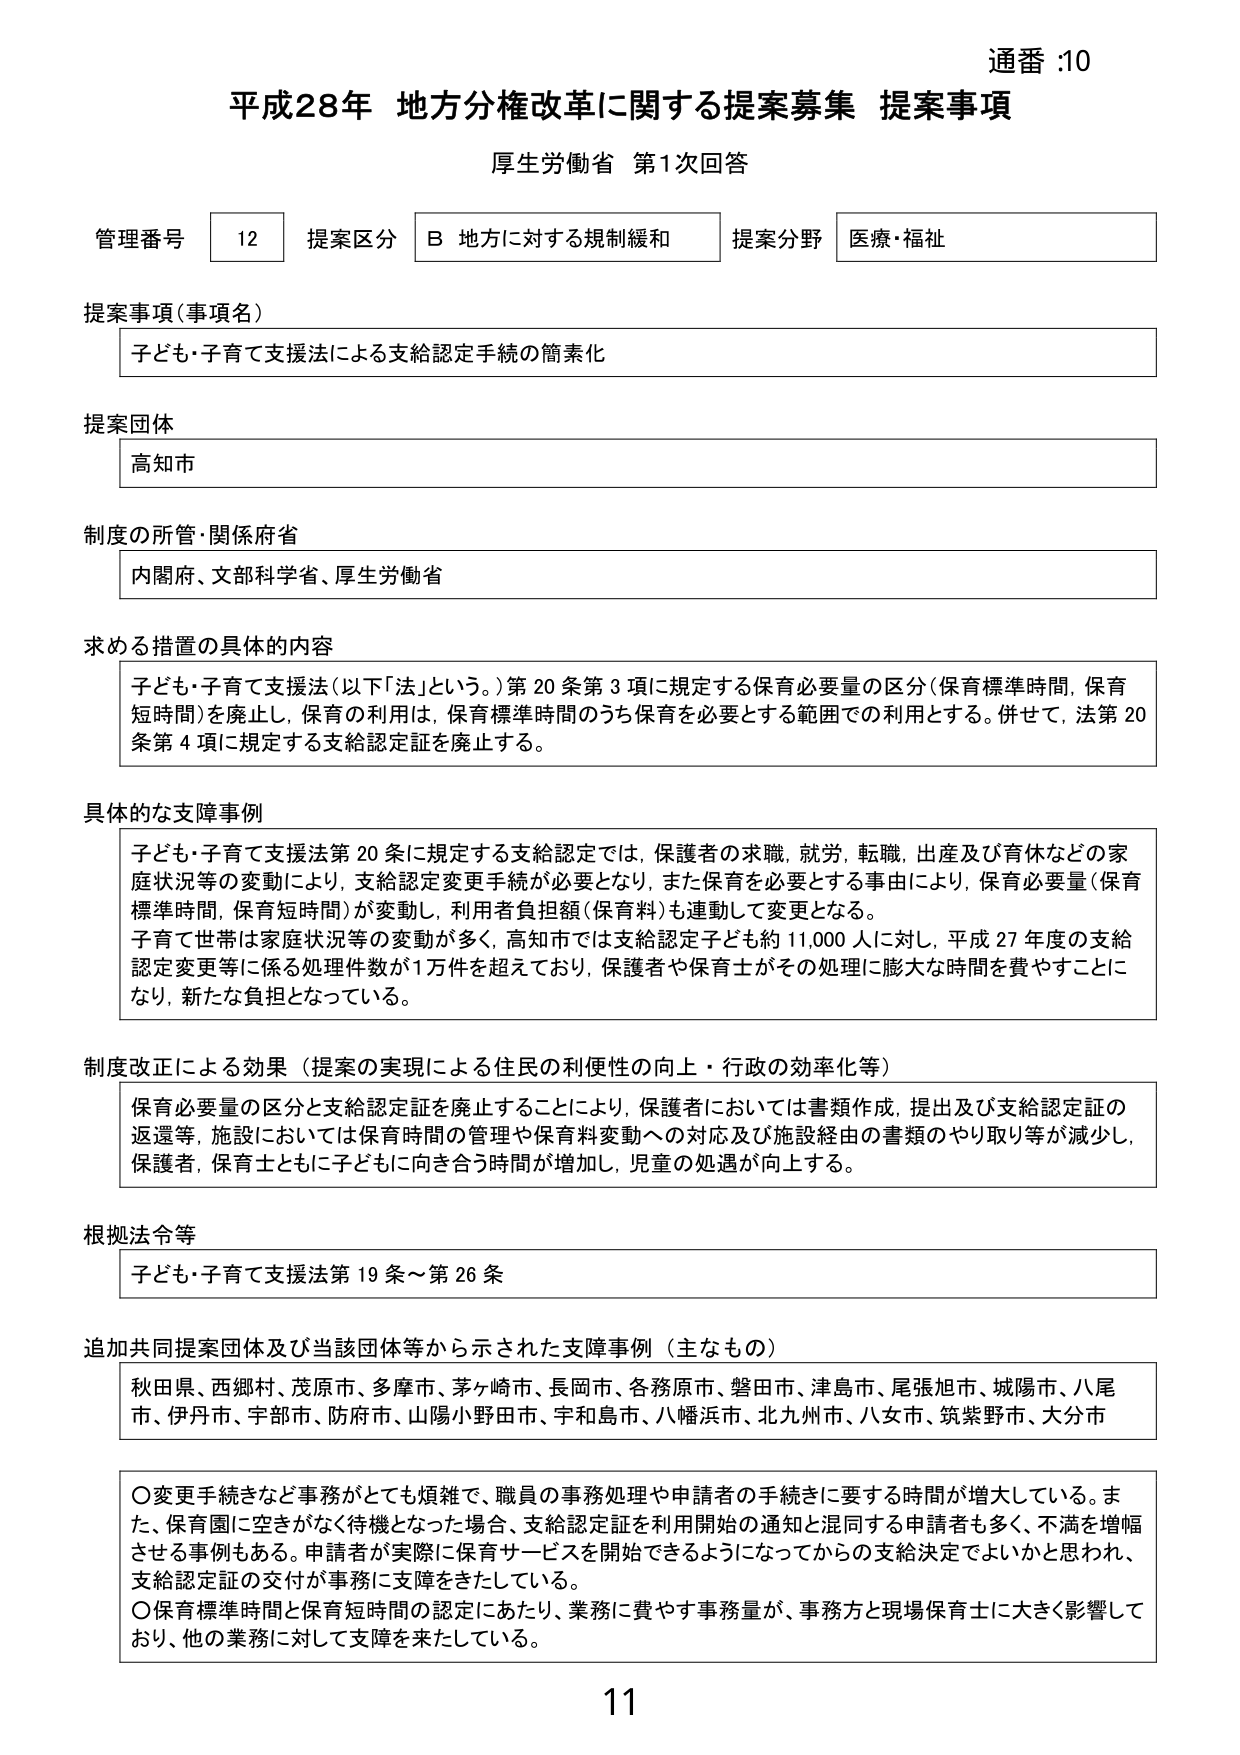
通番 :10
平成28年 地方分権改革に関する提案募集 提案事項
厚生労働省 第1次回答

管理番号 12 提案区分 B 地方に対する規制緩和 提案分野 医療・福祉

提案事項（事項名）
子ども・子育て支援法による支給認定手続の簡素化

提案団体
高知市

制度の所管・関係府省
内閣府、文部科学省、厚生労働省

求める措置の具体的内容
子ども・子育て支援法（以下「法」という。）第20条第3項に規定する保育必要量の区分（保育標準時間、保育短時間）を廃止し、保育の利用は、保育標準時間のうち保育を必要とする範囲での利用とする。併せて、法第20条第4項に規定する支給認定証を廃止する。

具体的な支障事例
子ども・子育て支援法第20条に規定する支給認定では、保護者の求職、就労、転職、出産及び育休などの家庭状況等の変動により、支給認定変更手続が必要となり、また保育を必要とする事由により、保育必要量（保育標準時間、保育短時間）が変動し、利用者負担額（保育料）も連動して変更となる。
子育て世帯は家庭状況等の変動が多く、高知市では支給認定子ども約11,000人に対し、平成27年度の支給認定変更等に係る処理件数が1万件を超えており、保護者や保育士がその処理に膨大な時間を費やすことになり、新たな負担となっている。

制度改正による効果（提案の実現による住民の利便性の向上・行政の効率化等）
保育必要量の区分と支給認定証を廃止することにより、保護者においては書類作成、提出及び支給認定証の返還等、施設においては保育時間の管理や保育料変動への対応及び施設経由の書類のやり取り等が減少し、保護者、保育士ともに子どもに向き合う時間が増加し、児童の処遇が向上する。

根拠法令等
子ども・子育て支援法第19条～第26条

追加共同提案団体及び当該団体等から示された支障事例（主なもの）
秋田県、西郷村、茂原市、多摩市、茅ヶ崎市、長岡市、各務原市、磐田市、津島市、尾張旭市、城陽市、八尾市、伊丹市、宇部市、防府市、山陽小野田市、宇和島市、八幡浜市、北九州市、八女市、筑紫野市、大分市

〇変更手続きなど事務がとても煩雑で、職員の事務処理や申請者の手続きに要する時間が増大している。また、保育園に空きがなく待機となった場合、支給認定証を利用開始の通知と混同する申請者も多く、不満を増幅させる事例もある。申請者が実際に保育サービスを開始できるようになってからの支給決定でよいかと思われ、支給認定証の交付が事務に支障をきたしている。
〇保育標準時間と保育短時間の認定にあたり、業務に費やす事務量が、事務方と現場保育士に大きく影響しており、他の業務に対して支障を来たしている。

11